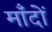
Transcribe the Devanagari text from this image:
माँदों